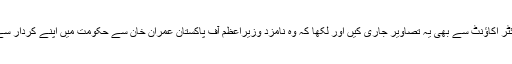
ڈاکٹر یاسمین راشد نے اپنے ٹوئٹر اکاﺅنٹ سے بھی یہ تصاویر جاری کیں اور لکھا کہ وہ نامزد وزیراعظم آف پاکستان عمران خان سے حکومت میں اپنے کردار سے متعلق بات چیت کر رہی ہیں۔